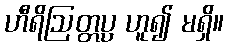
ဟီရိဩတ္တပ္ပ ဟူ၍ မရှိ။